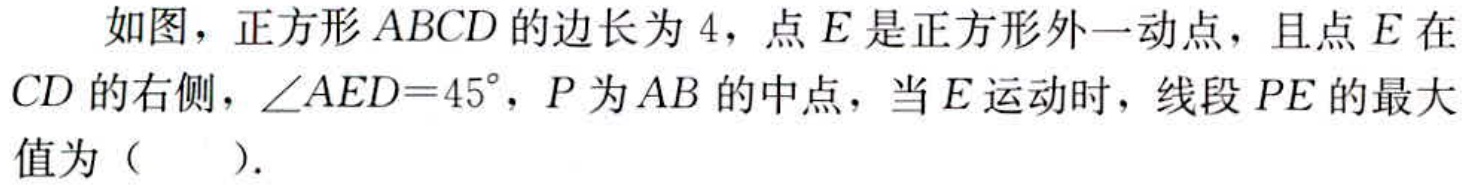
如图，正方形\(ABCD\)的边长为\(4\)，点\(E\)是正方形外一动点，且点\(E\)在\(CD\)的右侧，\(\angle AED = 45^{\circ}\)，\(P\)为\(AB\)的中点，当\(E\)运动时，线段\(PE\)的最大值为（  ）.